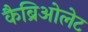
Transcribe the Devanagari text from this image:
कैब्रिओलेट